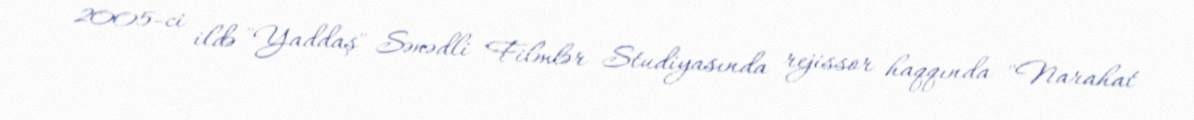
2005-ci ildə "Yaddaş" Sənədli Filmlər Studiyasında rejissor haqqında "Narahat